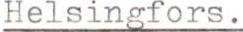
Helsingfors.